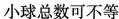
桶小球总数可不等